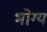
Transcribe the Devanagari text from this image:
भोग्‍य